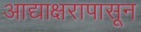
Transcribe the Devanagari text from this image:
आद्याक्षरापासून